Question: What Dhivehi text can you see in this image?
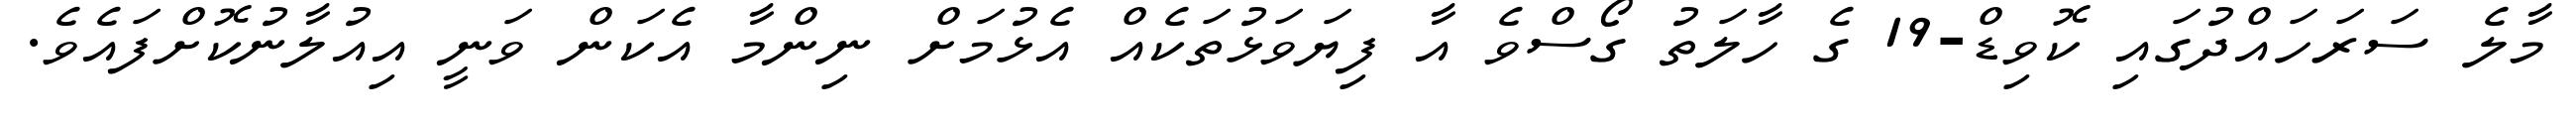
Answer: މާލެ ސަރަހައްދުގައި ކޮވިޑް-19 ގެ ހާލަތު ގޯސްވެ އާ ފިޔަވަޅުތަކެއް އެޅުމަށް ނިންމާ އެކަން ވަނީ އިއުލާނުކޮށްފައެވެ.